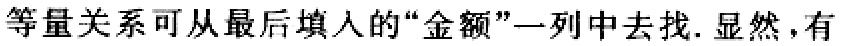
等量关系可从最后填入的“金额”一列中去找. 显然，有